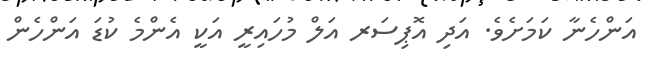
އަންހެނާ ކަމަށެވެ. އަދި އޮޕިސަރ އަލް މުހައިރީ އަކީ އެންމެ ކުޑަ އަންހެން